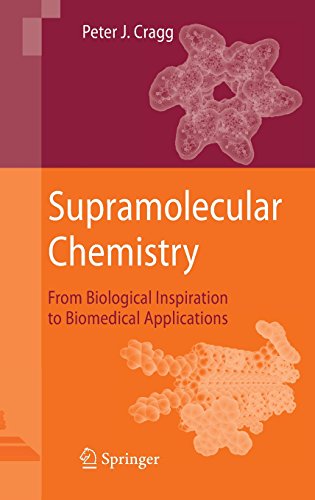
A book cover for Supramolecular Chemistry: From Biological Inspiration to Biomedical Applications; Peter J. Cragg; Science & Math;